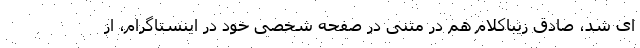
ای شد، صادق زیباکلام هم در متنی در صفحه شخصی خود در اینستاگرام، از